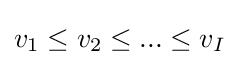
v_{1}\leq v_{2}\leq ...\leq v_{I}